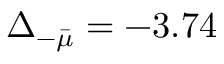
\Delta _ { - \bar { \mu } } = - 3 . 7 4